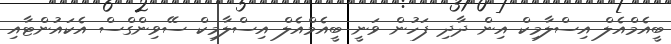
ބީއެމްއެލް އިސްލާމިކް އިން ދާދި ފަހުން ވަނީ ބީއެމްއެލް އިސްލާމިކް ސޭވިންގްސް އެކައުންޓާއި